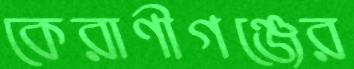
কেরাণীগঞ্জের